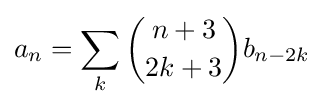
a_{n}=\sum _{k}{\binom {n+3}{2k+3}}b_{n-2k}